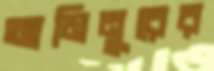
আমিনুরের